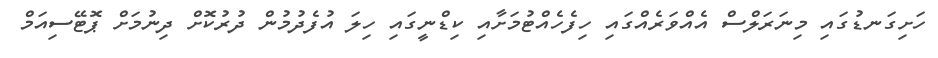
ހަށިގަނޑުގައި މިނަރަލްސް އެއްވަރެއްގައި ހިފެހެއްޓުމަށާއި ކިޑްނީގައި ހިލަ އުފެދުމުން ދުރުކޮށް ދިނުމަށް ޕޮޓޭސިއަމް